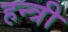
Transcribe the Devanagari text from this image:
हन्त्री